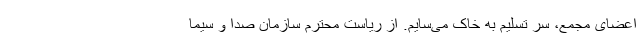
اعضای مجمع، سر تسلیم به خاک می‌سایم. از ریاست محترم سازمان صدا و سیما